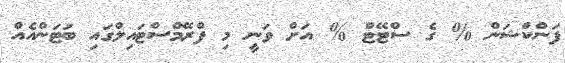
ފަންކްޝަން % ގެ ސްޓޭޓް % އަށް ވަނީ މި ފްރޭމްސްޓައިލްގައި ބަޓަންއެއް